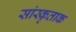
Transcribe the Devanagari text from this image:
सांस्कृताक